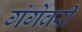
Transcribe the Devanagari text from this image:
गंगेवरी